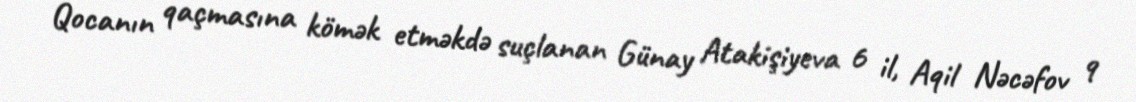
Qocanın qaçmasına kömək etməkdə suçlanan Günay Atakişiyeva 6 il, Aqil Nəcəfov 9